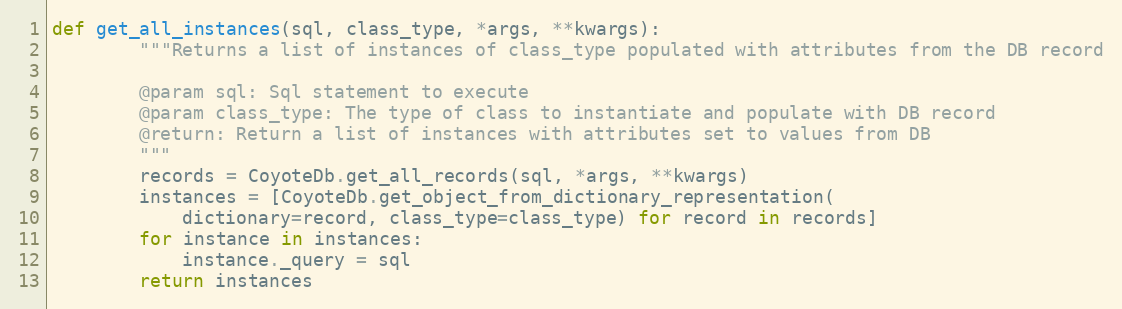
Language: Python
def get_all_instances(sql, class_type, *args, **kwargs):
        """Returns a list of instances of class_type populated with attributes from the DB record

        @param sql: Sql statement to execute
        @param class_type: The type of class to instantiate and populate with DB record
        @return: Return a list of instances with attributes set to values from DB
        """
        records = CoyoteDb.get_all_records(sql, *args, **kwargs)
        instances = [CoyoteDb.get_object_from_dictionary_representation(
            dictionary=record, class_type=class_type) for record in records]
        for instance in instances:
            instance._query = sql
        return instances